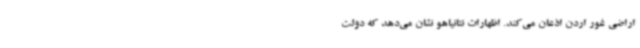
اراضی غور اردن اذعان می‌کند. اظهارات نتانیاهو نشان می‌دهد که دولت